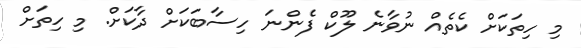
މި ހިތަކަށް ކެތެއް ނުވާނެ ލޫކް ފެންނަ ހިސާބަކަށް ދާކަށް. މި ހިތަށް